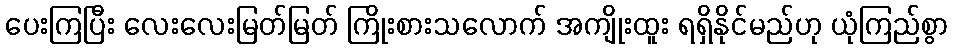
ပေးကြပြီး လေးလေးမြတ်မြတ် ကြိုးစားသလောက် အကျိုးထူး ရရှိနိုင်မည်ဟု ယုံကြည်စွာ